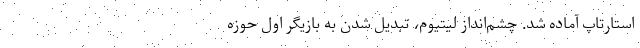
استارتاپ آماده شد. چشم‌انداز لیتیوم، تبدیل شدن به بازیگر اول حوزه